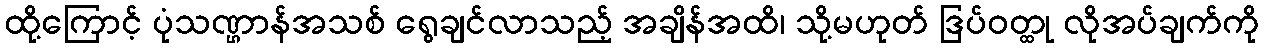
ထို့ကြောင့် ပုံသဏ္ဌာန်အသစ် ရွေချင်လာသည့် အချိန်အထိ၊ သို့မဟုတ် ဒြပ်ဝတ္ထု လိုအပ်ချက်ကို